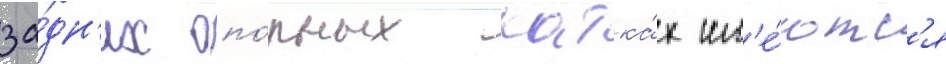
за́дн'их опо́рных катка́х им'е́ютс'я